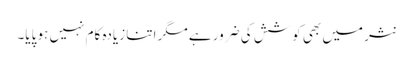
نثر میں بھی کوشش کی ضرور ہے مگر اتنا زیادہ کام نہیں ہو پایا۔